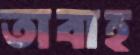
তাবাহ